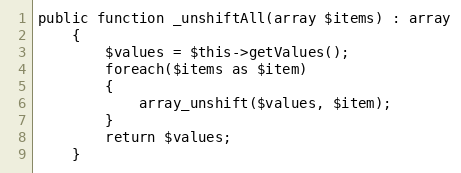
Language: PHP
public function _unshiftAll(array $items) : array
    {
        $values = $this->getValues();
        foreach($items as $item)
        {
            array_unshift($values, $item);
        }
        return $values;
    }